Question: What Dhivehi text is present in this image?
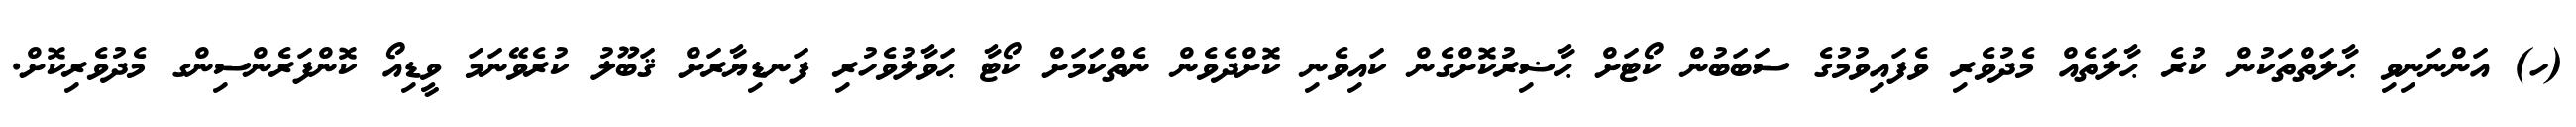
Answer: (ހ) އަންނަނިވި ޙާލަތްތަކުން ކުރެ ޙާލަތެއް މެދުވެރި ވެފައިވުމުގެ ސަބަބުން ކޯޓަށް ޙާޟިރުކޮށްގެން ކައިވެނި ކޮށްދެވެން ނެތްކަމަށް ކޯޓާ ޙަވާލުވެހުރި ފަނޑިޔާރަށް ޤަބޫލު ކުރެވޭނަމަ ވީޑިއޯ ކޮންފަރެންސިންގ މެދުވެރިކޮށް.